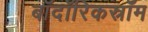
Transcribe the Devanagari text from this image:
बॉदॉरिकस्रॉम